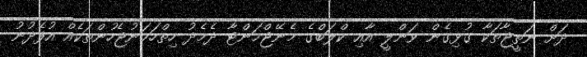
ދަށް ނަތީޖާތަކާ ގުޅިގެން ވަންލީ އާއި ކްލަބްގެ މެނޭޖްމަންޓާ ދެމެދު ހިތްހަމަނުޖެހުންތަކެއް އުފެދުނު